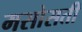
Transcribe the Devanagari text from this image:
मसोसती